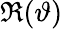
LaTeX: \Re(\vartheta)